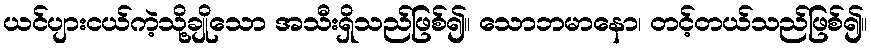
ယင်ပျားငယ်ကဲ့သို့ချိုသော အသီးရှိသည်ဖြစ်၍။ သောဘမာနော၊ တင့်တယ်သည်ဖြစ်၍။